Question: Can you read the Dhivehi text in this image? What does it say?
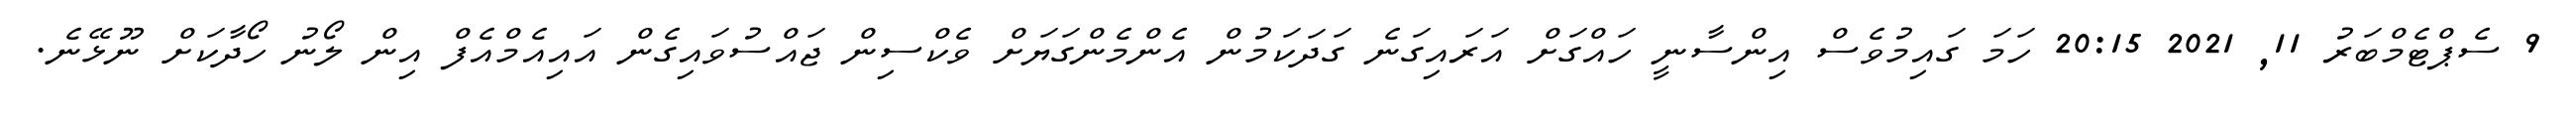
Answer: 9 ސެޕްޓެމްބަރު 11, 2021 20:15 ހަމަ ގައިމުވެސް އިންސާނީ ހައްގަށް އަރައިގަނެ ގަދަކަމުން އެންމެންގަޔަށް ވެކްސިން ޖައްސުވައިގެން އައިއެމްއެފް އިން ލޯނު ހޯދާކަށް ނޫޅޭނެ.